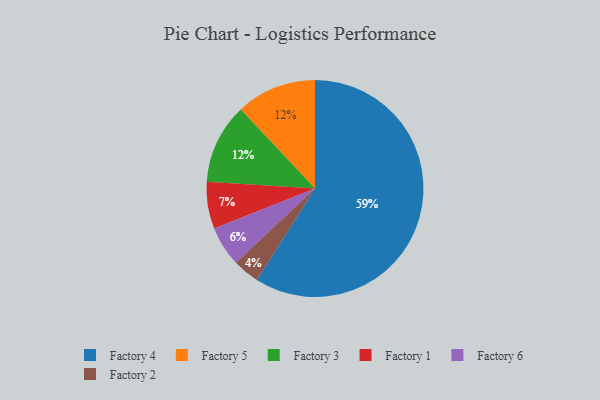
{"axis": {"x": "Category", "y": "Percentage"}, "legend": ["Factory 1", "Factory 2", "Factory 3", "Factory 4", "Factory 5", "Factory 6"], "data": [{"x": "Factory 6", "y": 6, "type": "Factory 6"}, {"x": "Factory 2", "y": 4, "type": "Factory 2"}, {"x": "Factory 1", "y": 7, "type": "Factory 1"}, {"x": "Factory 5", "y": 12, "type": "Factory 5"}, {"x": "Factory 3", "y": 12, "type": "Factory 3"}, {"x": "Factory 4", "y": 59, "type": "Factory 4"}]}